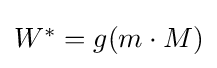
\textstyle W^{*}=g(m\cdot M)